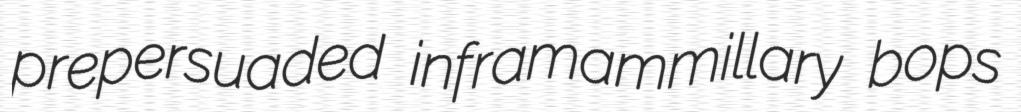
prepersuaded inframammillary bops